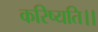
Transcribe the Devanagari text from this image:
करिष्यति।।